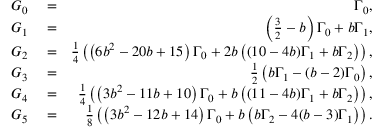
\begin{array} { r l r } { G _ { 0 } } & { { } = } & { \Gamma _ { 0 } , } \\ { G _ { 1 } } & { { } = } & { \left( \frac { 3 } { 2 } - b \right) \Gamma _ { 0 } + b \Gamma _ { 1 } , } \\ { G _ { 2 } } & { { } = } & { \frac { 1 } { 4 } \left( \left( 6 b ^ { 2 } - 2 0 b + 1 5 \right) \Gamma _ { 0 } + 2 b \left( ( 1 0 - 4 b ) \Gamma _ { 1 } + b \Gamma _ { 2 } \right) \right) , } \\ { G _ { 3 } } & { { } = } & { \frac { 1 } { 2 } \left( b \Gamma _ { 1 } - ( b - 2 ) \Gamma _ { 0 } \right) , } \\ { G _ { 4 } } & { { } = } & { \frac { 1 } { 4 } \left( \left( 3 b ^ { 2 } - 1 1 b + 1 0 \right) \Gamma _ { 0 } + b \left( ( 1 1 - 4 b ) \Gamma _ { 1 } + b \Gamma _ { 2 } \right) \right) , } \\ { G _ { 5 } } & { { } = } & { \frac { 1 } { 8 } \left( \left( 3 b ^ { 2 } - 1 2 b + 1 4 \right) \Gamma _ { 0 } + b \left( b \Gamma _ { 2 } - 4 ( b - 3 ) \Gamma _ { 1 } \right) \right) . } \end{array}